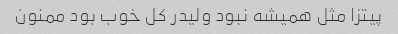
پیتزا مثل همیشه نبود ولیدر کل خوب بود ممنون